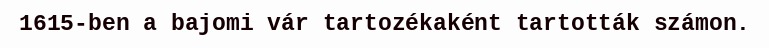
1615-ben a bajomi vár tartozékaként tartották számon.